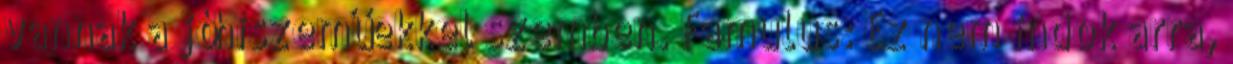
vannak a jóhiszeműekkel szemben. Famulus: Ez nem indok arra,